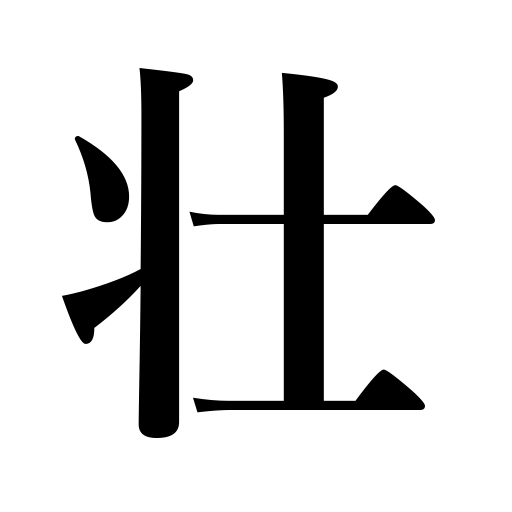
Meanings: manhood,prosperity